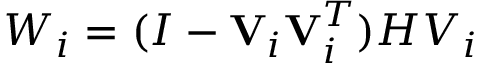
W _ { i } = ( I - \mathbf { V } _ { i } \mathbf { V } _ { i } ^ { T } ) H V _ { i }